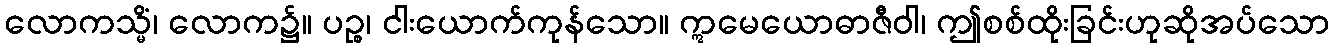
လောကသ္မိံ၊ လောက၌။ ပဉ္စ၊ ငါးယောက်ကုန်သော။ ဣမေယောဓာဇီဝါ၊ ဤစစ်ထိုးခြင်းဟုဆိုအပ်သော